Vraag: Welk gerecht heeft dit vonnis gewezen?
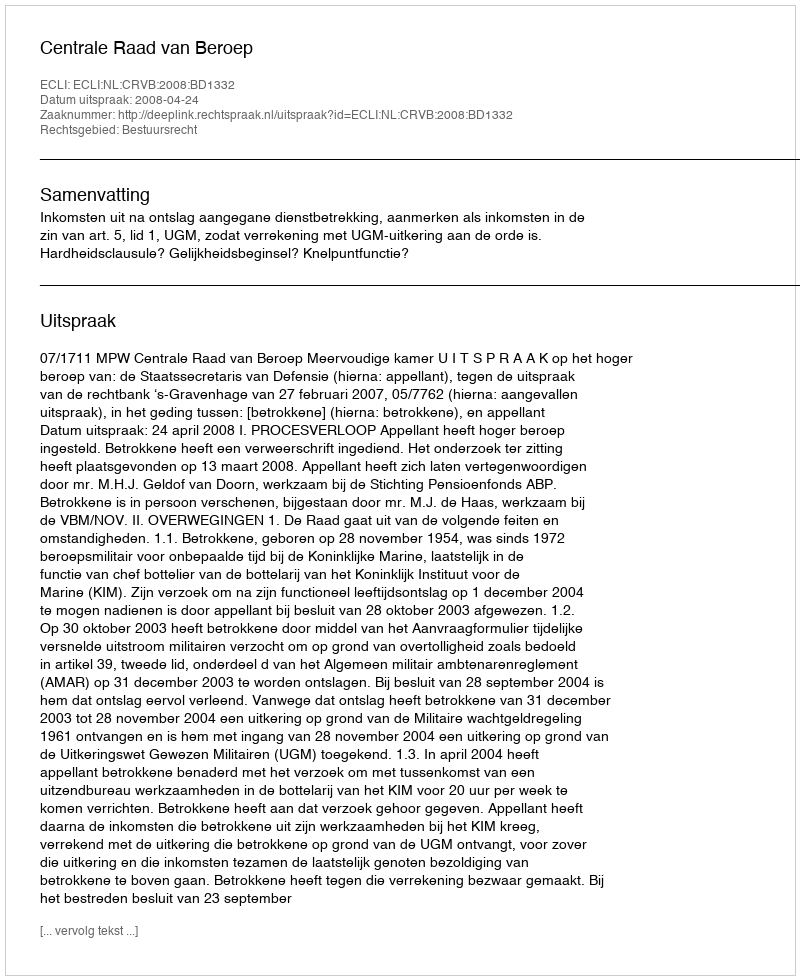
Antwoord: Centrale Raad van Beroep